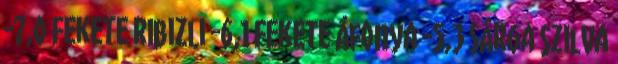
-7,0 Fekete ribizli -6,1 Fekete áfonya -5,3 Sárga szilva